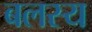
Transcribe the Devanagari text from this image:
बलस्य